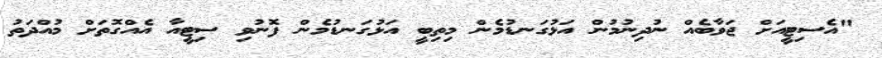
"އެސިޓީއަށް ޖަވާބެއް ނުދިނުމުން އަޅުގަނޑުމެން މިތިބީ އަޅުގަނޑުމެން ފޮނުވި ސިޓީއާ އެއްގޮތަށް މުއްދަތު